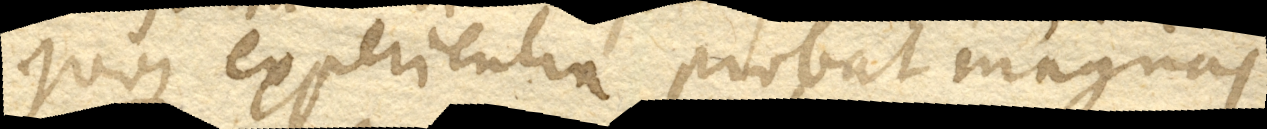
quoque experientia probat magnas